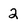
Character: 2